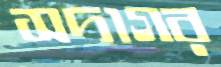
সদাগর